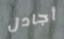
أجادل